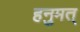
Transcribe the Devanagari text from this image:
हनुमत्